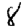
Digit: 8